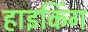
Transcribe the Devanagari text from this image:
हाइकिंग